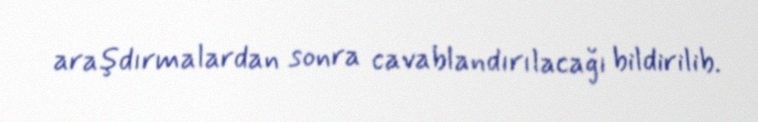
araşdırmalardan sonra cavablandırılacağı bildirilib.